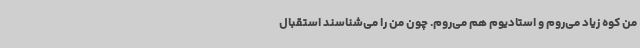
من کوه زیاد می‌روم و استادیوم هم می‌روم. چون من را می‌شناسند استقبال